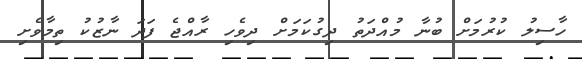
ހާސިލު ކުރުމަށް ބުނާ މުއްދަތު ދިގުކަމަށް ދިވެހި ރާއްޖެ ފަދަ ނާޒުކު ތިމާވެށި